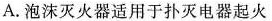
A.泡沫灭火器适用于扑灭电器起火